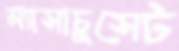
ম্যাসাচুসেট